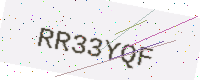
Text: RR33YQF